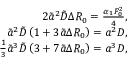
\begin{array} { r } { 2 \tilde { a } ^ { 2 } \tilde { D } \Delta R _ { 0 } = \frac { \alpha _ { 1 } F _ { 0 } ^ { 2 } } { 4 } , } \\ { \tilde { a } ^ { 2 } \tilde { D } \left( 1 + 3 \tilde { a } \Delta R _ { 0 } \right) = a ^ { 2 } D , } \\ { \frac { 1 } { 3 } \tilde { a } ^ { 3 } \tilde { D } \left( 3 + 7 \tilde { a } \Delta R _ { 0 } \right) = a ^ { 3 } D , } \end{array}